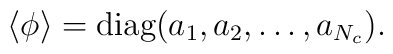
\langle\phi\rangle= \mbox{diag}(a_1,a_2,\ldots,a_{N_c}).